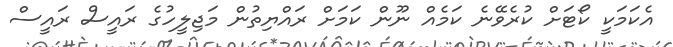
އެކަމަކީ ކޯޓަށް ކުރެވޭނެ ކަމެއް ނޫން ކަމަށް ރައްޔިތުން މަޖިލީހުގެ ރައީސް ރައީސް